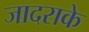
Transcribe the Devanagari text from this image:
जादराके